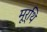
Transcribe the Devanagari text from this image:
मूर्थि